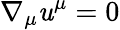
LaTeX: \nabla_{\mu}\mathit{u}^{\mu}=0